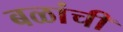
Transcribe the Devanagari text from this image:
बळांची